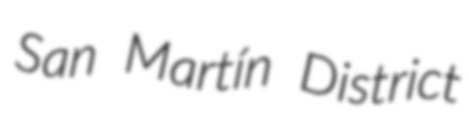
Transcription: San Martín District